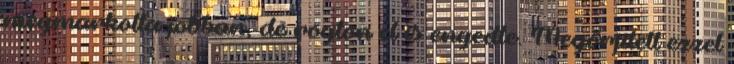
megmarkolta jobban, de rögtön el is engedte. Megőrjített ezzel